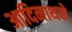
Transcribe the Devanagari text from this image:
आदिनाथने